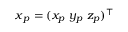
\boldsymbol { x } _ { p } = ( x _ { p } \ y _ { p } \ z _ { p } ) ^ { \top }